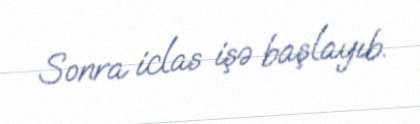
Sonra iclas işə başlayıb.